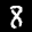
Label: 8